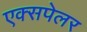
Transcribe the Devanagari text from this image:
एक्सपेलर